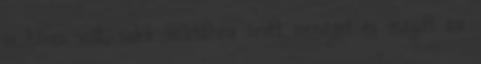
is híres volt, sakk-baletthez írott zenéjét és magát az